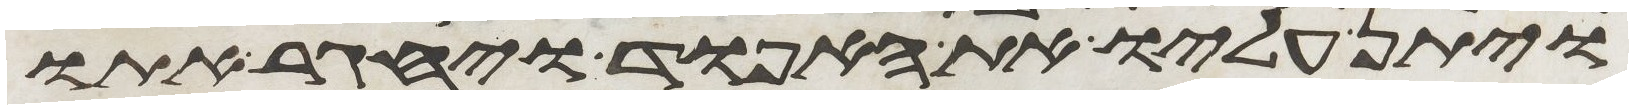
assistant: ויתן עליו את האפוד ויחגר אתו